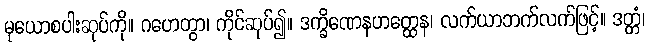
မုယောစပါးဆုပ်ကို။ ဂဟေတွာ၊ ကိုင်ဆုပ်၍။ ဒက္ခိဏေနဟတ္ထေန၊ လက်ယာဘက်လက်ဖြင့်။ ဒတ္တံ၊